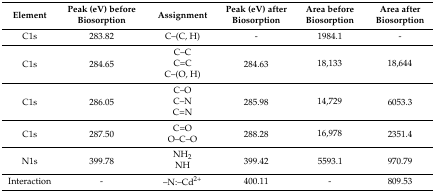
<table><thead><tr><td><b>Element</b></td><td><b>Peak (eV) before Biosorption</b></td><td><b>Assignment</b></td><td><b>Peak (eV) after Biosorption</b></td><td><b>Area before Biosorption</b></td><td><b>Area after Biosorption</b></td></tr></thead><tbody><tr><td>C1s</td><td>283.82</td><td>C–(C, H)</td><td>-</td><td>1984.1</td><td>-</td></tr><tr><td rowspan="3">C1s</td><td rowspan="3">284.65</td><td>C–C</td><td rowspan="3">284.63</td><td rowspan="3">18,133</td><td rowspan="3">18,644</td></tr><tr><td>C=C</td></tr><tr><td>C–(O, H)</td></tr><tr><td rowspan="3">C1s</td><td rowspan="3">286.05</td><td>C–O</td><td rowspan="3">285.98</td><td rowspan="3">14,729</td><td rowspan="3">6053.3</td></tr><tr><td>C–N</td></tr><tr><td>C=N</td></tr><tr><td rowspan="2">C1s</td><td rowspan="2">287.50</td><td>C=O</td><td rowspan="2">288.28</td><td rowspan="2">16,978</td><td rowspan="2">2351.4</td></tr><tr><td>O–C–O</td></tr><tr><td rowspan="2">N1s</td><td rowspan="2">399.78</td><td>NH<sub>2</sub></td><td rowspan="2">399.42</td><td rowspan="2">5593.1</td><td rowspan="2">970.79</td></tr><tr><td>NH</td></tr><tr><td>Interaction</td><td>-</td><td>–N:–Cd<sup>2+</sup></td><td>400.11</td><td>-</td><td>809.53</td></tr></tbody></table>